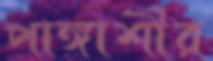
পাঙ্গাশীর